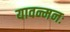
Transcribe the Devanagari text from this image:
यावन्मनः